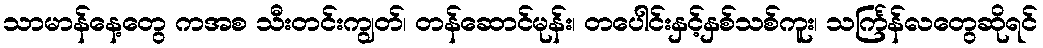
သာမာန်နေ့တွေ ကအစ သီးတင်းကျွတ်၊ တန်ဆောင်မုန်း၊ တပေါင်းနှင့်နှစ်သစ်ကူး၊ သင်္ကြန်လတွေဆိုရင်